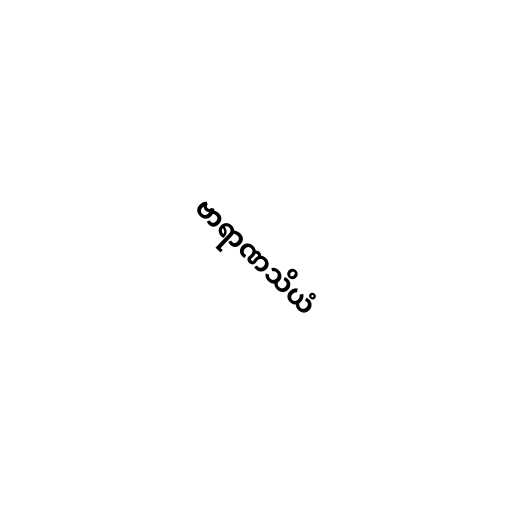
ဗာရာဏသိယံ